Bulletin of the Pasteur Institute of Southern India, Coonoor - No. 1.
Year: 1908
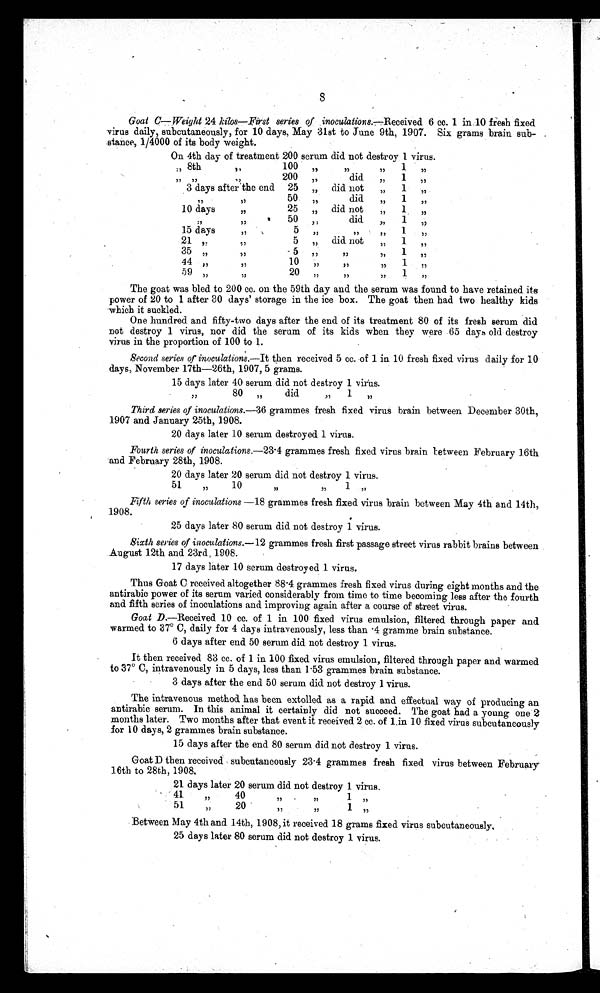
Goat C —Weight 24 kilos—First series of . inoculations.—Received 6 cc. 1 in.10 fresh fixed
virus daily, subcutaneously, for 10 days, May 31st to June 9th, 1907. Six grams brain sub- .
stance, 1/4000 of its body weight.
On 4th day of treatment 200 serum did not destroy 1 virus.
:, 8th
„
100 „
,,
,,
1 53
200
„
did „ 1
/7
75
55
7/
3 days after'the end 25 „ did not
„
1 11
50
did
1
11
1)
75
I)
7/
10 days
,,
25 ,, did not1 35
.
50
did.
1
5)
7 )
77
,,
1 5 d a y s
5 7 1
7 5
, ,
1 , ,
21 „
,,
5 „ did. not „
1 „
35
,,
5 7/
,,
77
13
44 10
,,
,,
1 I,
59 „
20 „
13
71
1 „
The goat was bled to 200 cc. on the 59th day and the serum was found to have retained its
power of 20 to 1 after 30 days' storage in the ice box. The goat then had two healthy kids
which it suckled.
One hundred and fifty-two days after the end of its treatment 80 of its fresh serum did
not destroy 1 virus, nor did the serum of its kids when they were 65 days old destroy
virus in the proportion of 100 to 1.
.
Second series or inoculations.—It then received 5 cc. of 1 in 10 fresh fixed virus daily for 10
days, November 17th-26th, 1907, 5
15 days later 40 serum did not destroy 1 virus.
80
did
1
Third series of inoculations.-36 grammes fresh fixed virus brain between December 30th,
1907 and January 25th, 1908.
20 days later 10 serum destroyed 1 virus.
Fourth series of inoculations.-23. 4 grammes fresh fixed virus brain letween February 1.6th
-and February 28th, 1908.
.
20 days later 20 serum did not destroy 1 virus.
51
71
10
1 „
.
Fifth series of inoculations —18 grammes fresh fixed virus brain between May 4th and 14th,
1908.
•
25 days later 80 serum did not destroy 1 virus.
Sixth series of inoculations.-12 grammes fresh first passage street virus rabbit brains between
August 12th and 23rd, 1908.
17 days later 10 serum destroyed 1 virus.
Thus Goat C received altogether 88 . 4 grammes fresh fixed virus during eight months and the
antirabic power of its serum varied considerably from time to time becoming less after the fourth
and fifth series of inoculations and improving again after a course of street virus.
Goat D.—Received 10 cc. of 1 in 100 fixed virus emulsion, filtered through paper and
warmed to 37° C, daily for 4 days intravenously, less than 4 gramme brain substance.
6 days after end 50 serum did not destroy 1 virus.
It then received 83 cc. of 1 in 100 fixed virus emulsion, filtered through paper and warmed
to 37° C, intravenously in 5 days, less than 1 . 53 grammes brain substance.
3 days after the end 50 serum did not destroy 1 virus.
The intravenous method has been extolled as a rapid and effectual way of producing an
antirabic serum. In this animal it certainly did not succeed. The goat had a young one 2
months later. Two months after that event it received 2 cc. of tin 10 fixed virus subcutaneously
for 10 days, 2 grammes brain substance.
15 days after the end 80 serum did not destroy 1 virus.
•
Goat D then received subcutaneously 23 . 4 grammes fresh fixed virus between February
6th to 28th, 1908,
21 days later 20 serum did not destroy 1 virus.
.
41
4 0 1
11
15
-
75
51 20
1
Between May 4th and 14th, 1908, it received 18 grams fixed virus subcutaneously,
25 days later 80 serum did not destroy 1 virus.